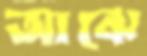
আঝে